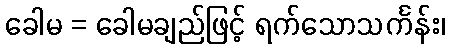
ခေါမ = ခေါမချည်ဖြင့် ရက်သောသင်္ကန်း၊